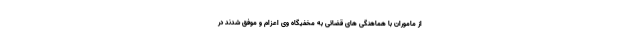
از ماموران با هماهنگی های قضائی به مخفیگاه وی اعزام و موفق شدند در